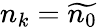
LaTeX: n_{k}=\widetilde{n_{0}}